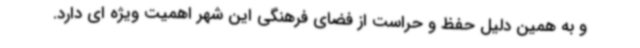
و به همین دلیل حفظ و حراست از فضای فرهنگی این شهر اهمیت ویژه ای دارد.